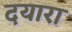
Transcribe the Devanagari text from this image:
दयारा